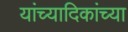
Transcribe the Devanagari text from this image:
यांच्यादिकांच्या